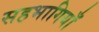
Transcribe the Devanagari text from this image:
सहभागियाँ